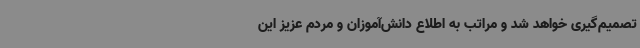
تصمیم‌گیری خواهد شد و مراتب به اطلاع دانش‌آموزان و مردم عزیز این